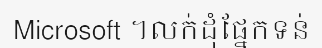
Microsoft ។លក់ដុំផ្នែកទន់